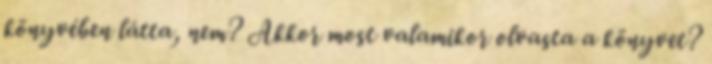
könyvében látta, nem? Akkor most valamikor olvasta a könyvet?